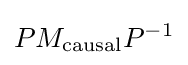
PM_{\text{causal}}P^{-1}